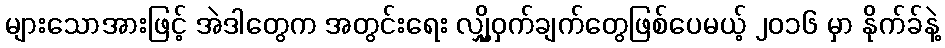
များသောအားဖြင့် အဲဒါတွေက အတွင်းရေး လျှို့ဝှက်ချက်တွေဖြစ်ပေမယ့် ၂၀၁၆ မှာ နိုက်ခ်နဲ့